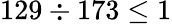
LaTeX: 129\div 173\leq 1